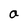
Character: a